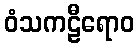
ဝံသကဠီရောဝ